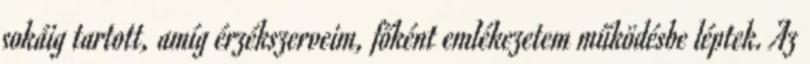
sokáig tartott, amíg érzékszerveim, főként emlékezetem működésbe léptek. Az